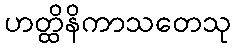
ဟတ္ထိနိကာသတေသု